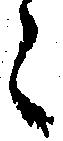
之